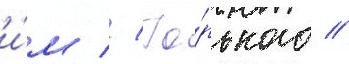
и́м // Го́рького //